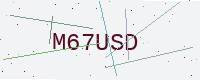
Text: M67USD